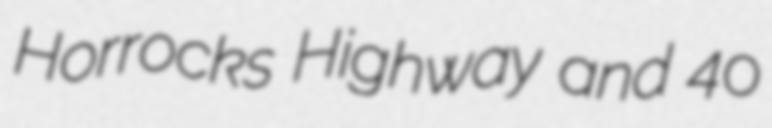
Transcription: Horrocks Highway and 40